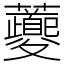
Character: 𧅄